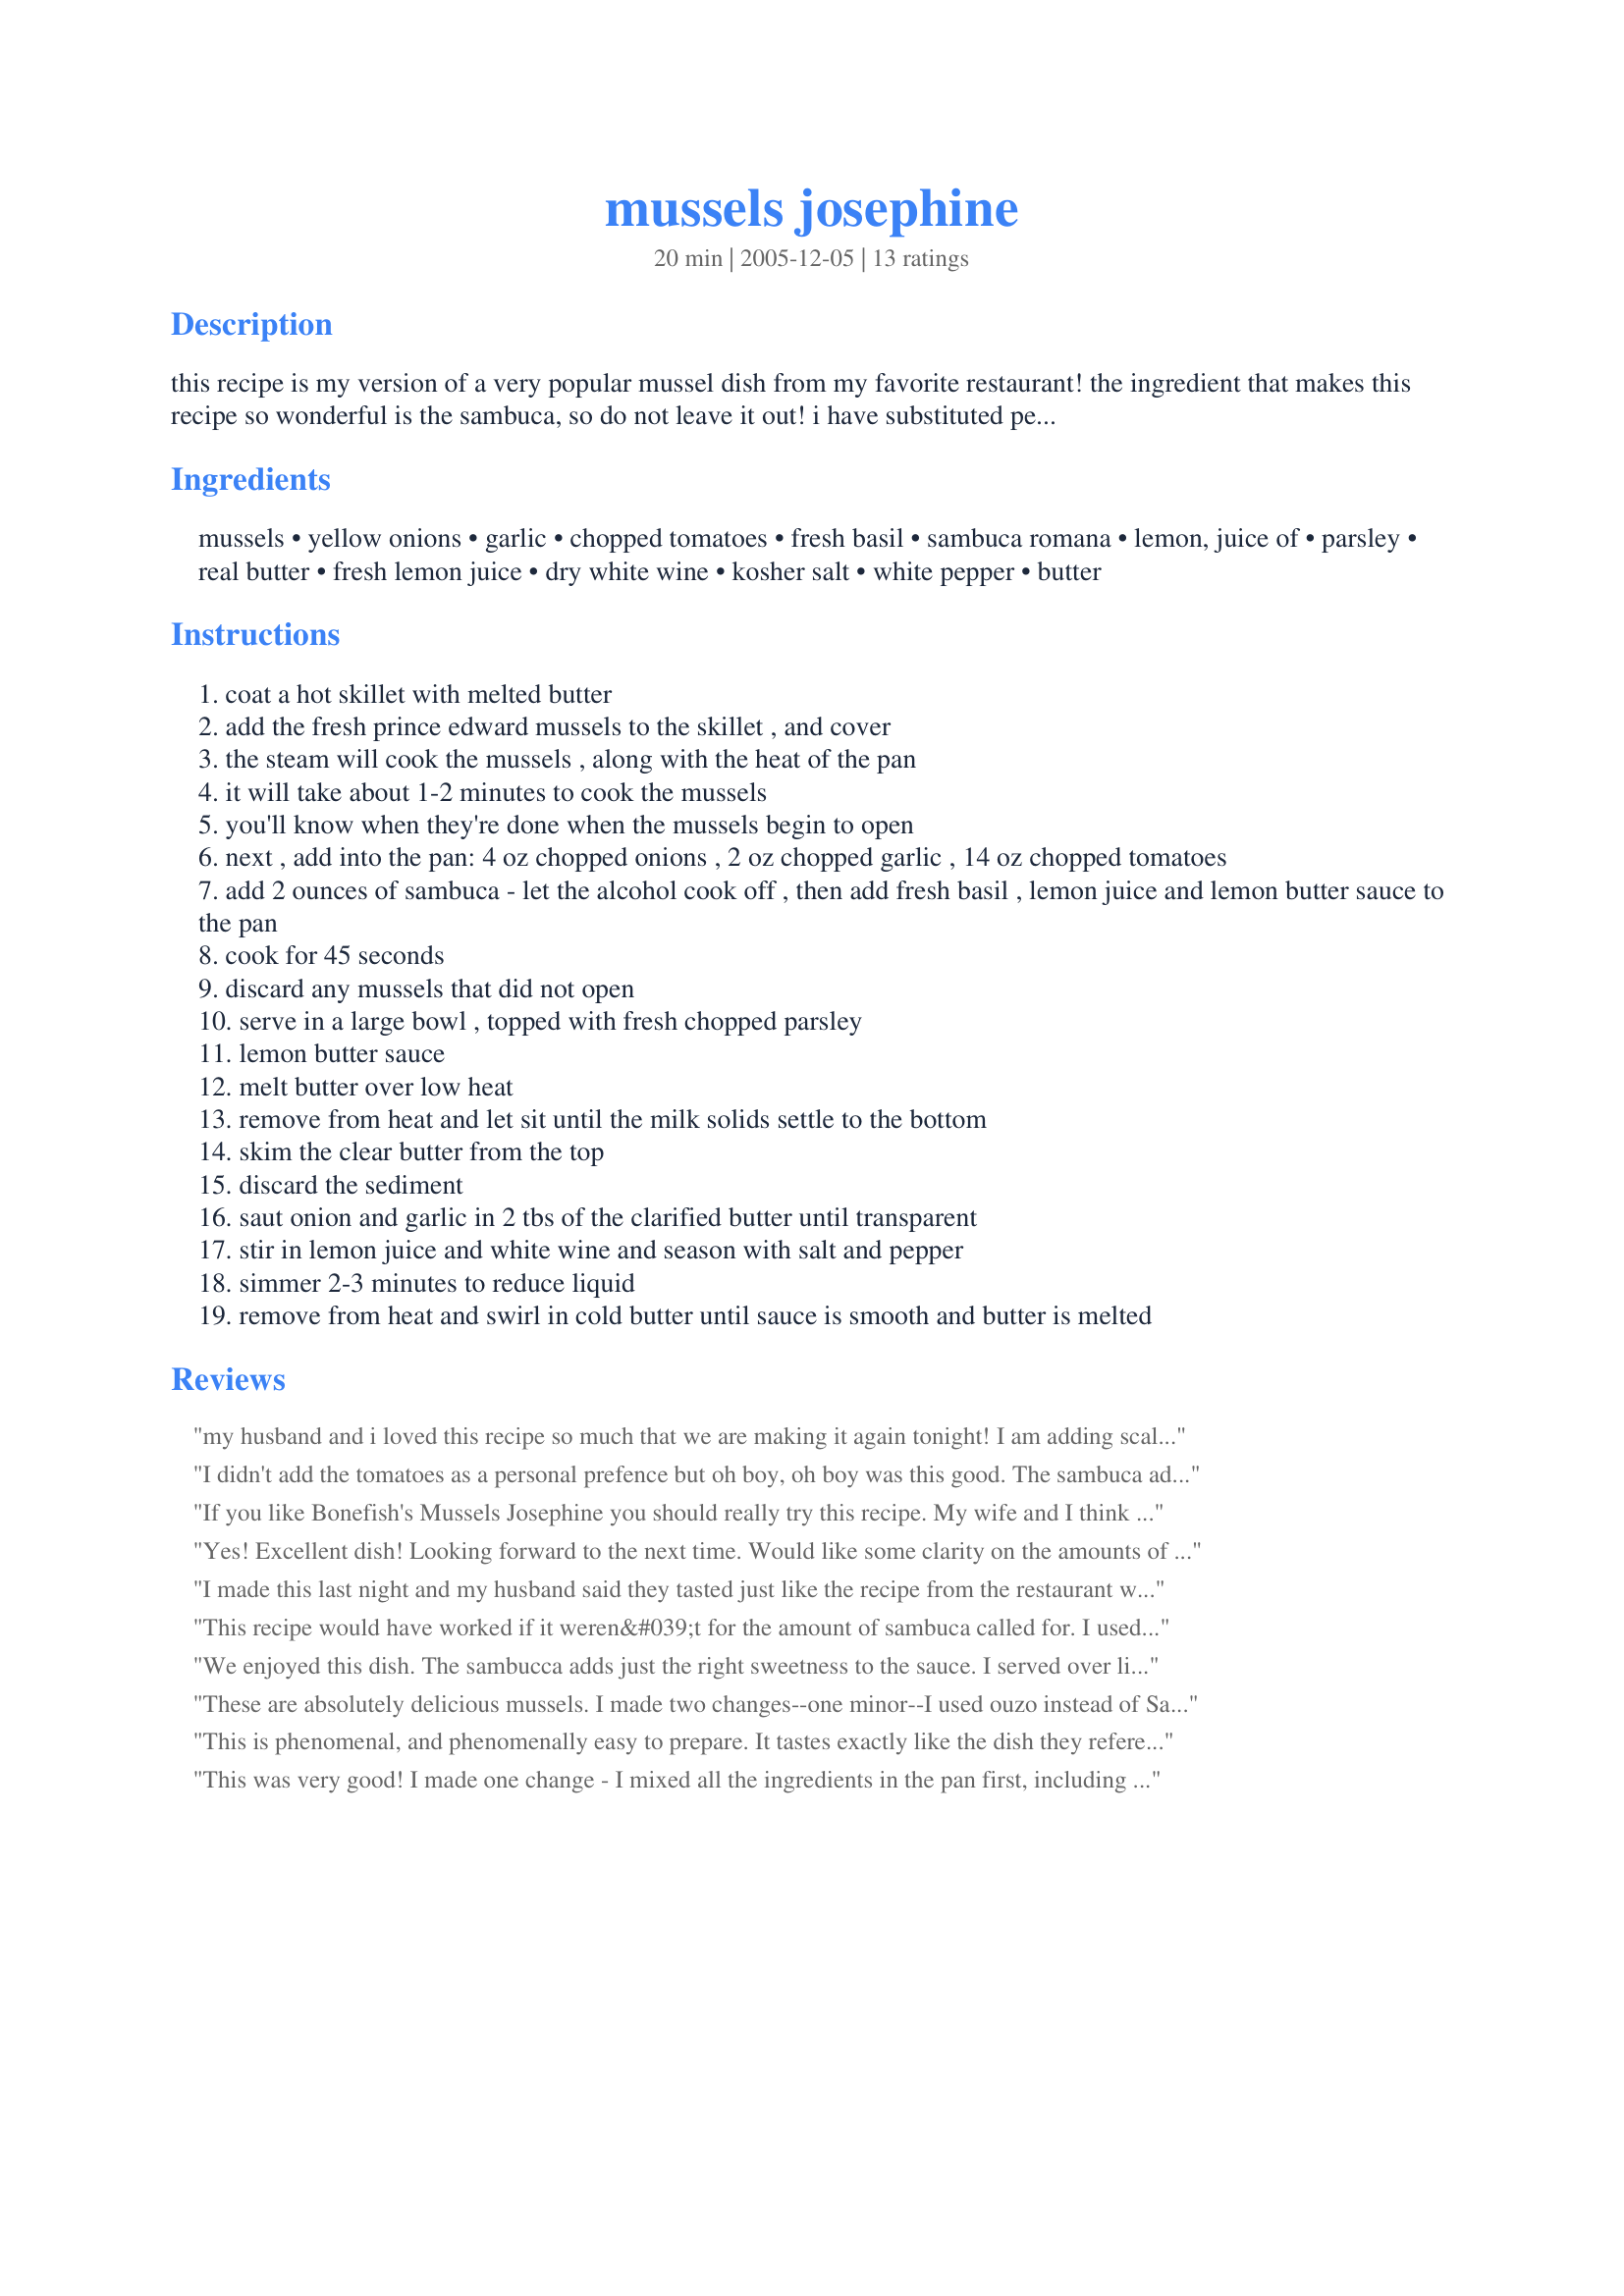
mussels josephine
Preparation time: 20 minutes

this recipe is my version of a very popular mussel dish from my favorite restaurant! the ingredient that makes this recipe so wonderful is the sambuca, so do not leave it out! i have substituted pernod and thought that was wonderful as well. can be served as an appetizer or a main dish. make sure you have plenty of crusty bread because you will want every last drop of the sauce! enjoy! wine pairing: domaine de l'ecu muscadet sèvre et maine sur lie 2003 with its yellow apple, lemon zest, pear and macadamia nuts and light but creamy body is a wonderful match to the dish.

Ingredients:
mussels, yellow onions, garlic, chopped tomatoes, fresh basil, sambuca romana, lemon, juice of, parsley, real butter, fresh lemon juice, dry white wine, kosher salt, white pepper, butter

Steps:
coat a hot skillet with melted butter
add the fresh prince edward mussels to the skillet , and cover
the steam will cook the mussels , along with the heat of the pan
it will take about 1-2 minutes to cook the mussels
you'll know when they're done when the mussels begin to open
next , add into the pan: 4 oz chopped onions , 2 oz chopped garlic , 14 oz chopped tomatoes
add 2 ounces of sambuca - let the alcohol cook off , then add fresh basil , lemon juice and lemon butter sauce to the pan
cook for 45 seconds
discard any mussels that did not open
serve in a large bowl , topped with fresh chopped parsley
lemon butter sauce
melt butter over low heat
remove from heat and let sit until the milk solids settle to the bottom
skim the clear butter from the top
discard the sediment
saut onion and garlic in 2 tbs of the clarified butter until transparent
stir in lemon juice and white wine and season with salt and pepper
simmer 2-3 minutes to reduce liquid
remove from heat and swirl in cold butter until sauce is smooth and butter is melted

Reviews:
my husband and i loved this recipe so much that we are making it again tonight! I am adding scallops and shrimp this time and maybe a little extra wine.

 Alane
I didn't add the tomatoes as a personal prefence but oh boy, oh boy was this good. The sambuca adds a heavenly flavor!!
If you like Bonefish's Mussels Josephine you should really try this recipe. My wife and I think its the exact recipe. I used a tiny airline size bottle of Sambuca instead of buying a regular bottle.
Yes! Excellent dish! Looking forward to the next time. Would like some clarity on the amounts of butter in the lemon butter sauce though. Yum-o!
I made this last night and my husband said they tasted just like the recipe from the restaurant which is also our favorite place to eat. We did replace the sambuca with anisette. When we were dining at the restaurant I asked the waitress what that fabulous taste in the dish was. She asked the cook who told us it was Bols Anisette. We could not find that specific brand so we used another brand. Anyway, the recipe was wonderful. Will try the bang bang shrimp tonight.
Thanks!
This recipe would have worked if it weren&#039;t for the amount of sambuca called for. I used exactly 2 ounces and it came out entirely too sweet. Perhaps pernod is a less sweet liqueur. If you use sambuca 1 1/2 tablespoon will be sufficient.
We enjoyed this dish. The sambucca adds just the right sweetness to the sauce. I served over linguine and used the butter sauce for dipping crusty bread. Very easy & quick. NEQ
These are absolutely delicious mussels. I made two changes--one minor--I used ouzo instead of Sambucca, so less sweet and less syrupy, and one larger change--I add an entire can (14 ounces) of organic tomatoes, chopped with their juice. In part, the additional tomato replaced the sweetness lost with the Sambucca, However, it also corrected what I view as the only flaw in this fabulous dish--not enough liquid to provide a backdrop for the mussels. I also added a good hit of fresh ground pepper and a bit of coarse sea salt. I used two pounds of mussels (didn't count them)and the resulting dish was two very generous servings. It is mandatory that you serve this with bread for mopping up every bit of the sauce and onion and garlic (and tomato). Thanks, Cheryl! Truly superior.
This is phenomenal, and phenomenally easy to prepare. It tastes exactly like the dish they reference, with one change - instead of 1/3 CUP of lemon juice for the lemon butter, we used 3 tablespoons. The former left the sauce way to lemony for our tastes.
This was very good! I made one change - I mixed all the ingredients in the pan first, including my pre-made lemon butter, cooked it down a wee bit, then added the mussels, tossing them in the juices. I then clamped the lid on it and let the mussels cook until they opened. At the last minute I sprinkled some chopped fresh cilantro over it all, gave the mussels a final toss, and spooned them and the sauce over plates of fettucine pasta. I found the dish was missing a bit of zing, so next time I might add a few hot pepper flakes, or a teeny spoon of chili paste. Otherwise, it was yummy! Thanks for posting!
I made this for Valentine's Day. We have been staying at a hotel, so I had to substitute some ingredients and leave some out, but it was still awesome. I used cooking wine instead of regular and left out the Pernod. I also had to use the "fresh herbs" that come in a tube and tomato puree since my husband will not eat tomatoes. The left-overs were good heated under the broiler.
AMAZING, ROMANTIC, OMG Everyone should try this recipe! What a great way to celebrate any special occasion, Valentines Day, Anniversary or just being with the one (s) you love. You gotta love them though or you will NOT share ANY! IT is THAT good! This sauce would be really amazing on pasta and was so delish I was slurping it up like mad! Next time I think I will double it- just bc it was so amazing! There was plenty there for the mussels and the tons of bread I dipped into it! BUT MAN OH MAN the sauce is SOO GOOOD! You just want more and more! I used a pint- 16 oz- of home grown home canned tomatoes - instead of the 14 oz but that was the only thing I did differently. DEFINITELY add the liquor- it really adds to this dish! The tomatoes and garlic and onions ~ oh my! The only flaw in this dish is that I couldnt get enough of it- even tho I HURT myself I ate so much- it is so outstanding you just want MORE! Superior, Amazing, Outstanding, ooo somebody get me a Thesaurus! I could go on and on! Thanks for sharing this fantastic recipe Cheryl! you should be very proud to call it yours! This is so "lick the bowl good!" I will be making this again and again!
These don&#039;t taste anything like the ones we frequently enjoy at Bonefish. Way too much lemon. Back to the drawing board I say.
